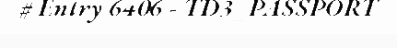
# Entry 6406 - TD3_PASSPORT